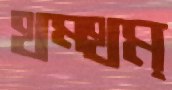
থম্‌থম্‌